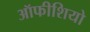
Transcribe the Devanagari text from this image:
ऑफीशियो